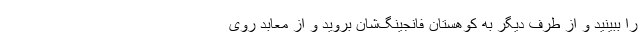
را ببینید و از طرف دیگر به کوهستان فانجینگ‌شان بروید و از معابد روی